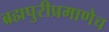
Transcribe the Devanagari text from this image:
ब्रह्मपुरीप्रमाणेच